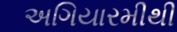
અગિયારમીથી